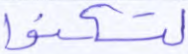
لتسكنوا